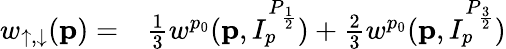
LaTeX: \begin{array}{rl}{w_{\uparrow,\downarrow}(\mathbf{p})=}&{{}\frac{1}{3}w^{p_{0}}(\mathbf{p},I_{p}^{P_{\frac{1}{2}}})+\frac{2}{3}w^{p_{0}}(\mathbf{p},I_{p}^{P_{\frac{3}{2}}})}\end{array}